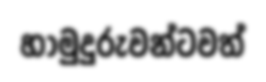
හාමුදුරුවන්ටවත්